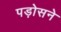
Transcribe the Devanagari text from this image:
पड़ोसने